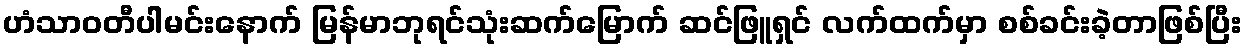
ဟံသာဝတီပါမင်းနောက် မြန်မာဘုရင်သုံးဆက်မြောက် ဆင်ဖြူရှင် လက်ထက်မှာ စစ်ခင်းခဲ့တာဖြစ်ပြီး